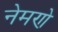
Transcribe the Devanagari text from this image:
नेमणे